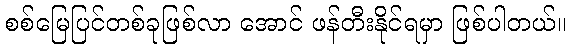
စစ်မြေပြင်တစ်ခုဖြစ်လာ အောင် ဖန်တီးနိုင်ရမှာ ဖြစ်ပါတယ်။